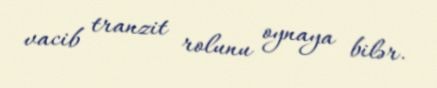
vacib tranzit rolunu oynaya bilər.